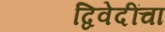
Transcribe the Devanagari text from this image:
द्विवेदींचा